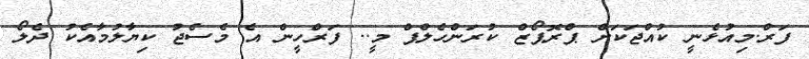
ފަރް.މިއުޅެނީ ކުއްޖަކަށް ޕްރޮޕޯޒް ކުރަންހެލްޕް މީ.. ފަރްހީން އެ މެސެޖު ކިޔާލުމާއެކު ދެލޯ